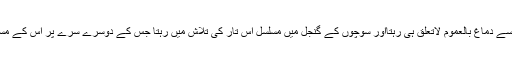
لیکن اس کی ان تمام حالتوں سے دماغ بالعموم لاتعلق ہی رہتااور سوچوں کے گنجل میں مسلسل اس تار کی تلاش میں رہتا جس کے دوسرے سرے پر اس کے مسائل کا ممکنہ حل موجود ہو۔